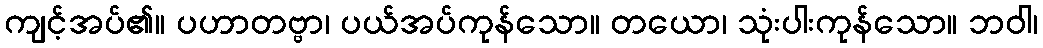
ကျင့်အပ်၏။ ပဟာတဗ္ဗာ၊ ပယ်အပ်ကုန်သော။ တယော၊ သုံးပါးကုန်သော။ ဘဝါ၊